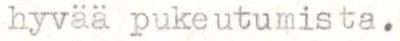
hyvää pukeutumista.